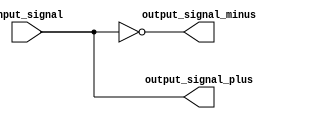
module phase_inverter (

    `ifdef USE_POWER_PINS
        inout vdd,
        inout vss,
    `endif

    input [9:0] input_signal,  // 10-bit input signal
    output [9:0] output_signal_plus,  // Output with the same phase as the input
    output [9:0] output_signal_minus  // Inverted output
);

    // Assign the input signal directly to the output
    // assign output_signal_plus = input_signal;

    // Generate the inverted output by inverting each bit of the input signal
    // assign output_signal_minus = ~input_signal;

    always @ (input_signal) begin
        #5 output_signal_plus = input_signal;            // 5 unit time delay
        #5 output_signal_minus = ~input_signal;  // 5 unit time delay
    end

endmodule